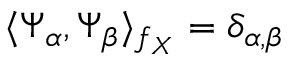
\langle \Psi _ { \boldsymbol { \alpha } } , \Psi _ { \boldsymbol { \beta } } \rangle _ { f _ { \boldsymbol { X } } } = \delta _ { \boldsymbol { \alpha } , \boldsymbol { \beta } }